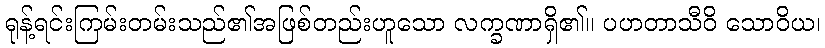
ရုန့်ရင်းကြမ်းတမ်းသည်၏အဖြစ်တည်းဟူသော လက္ခဏာရှိ၏။ ပဟတာသီဝိ သောဝိယ၊